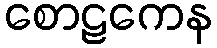
စောဠကေန